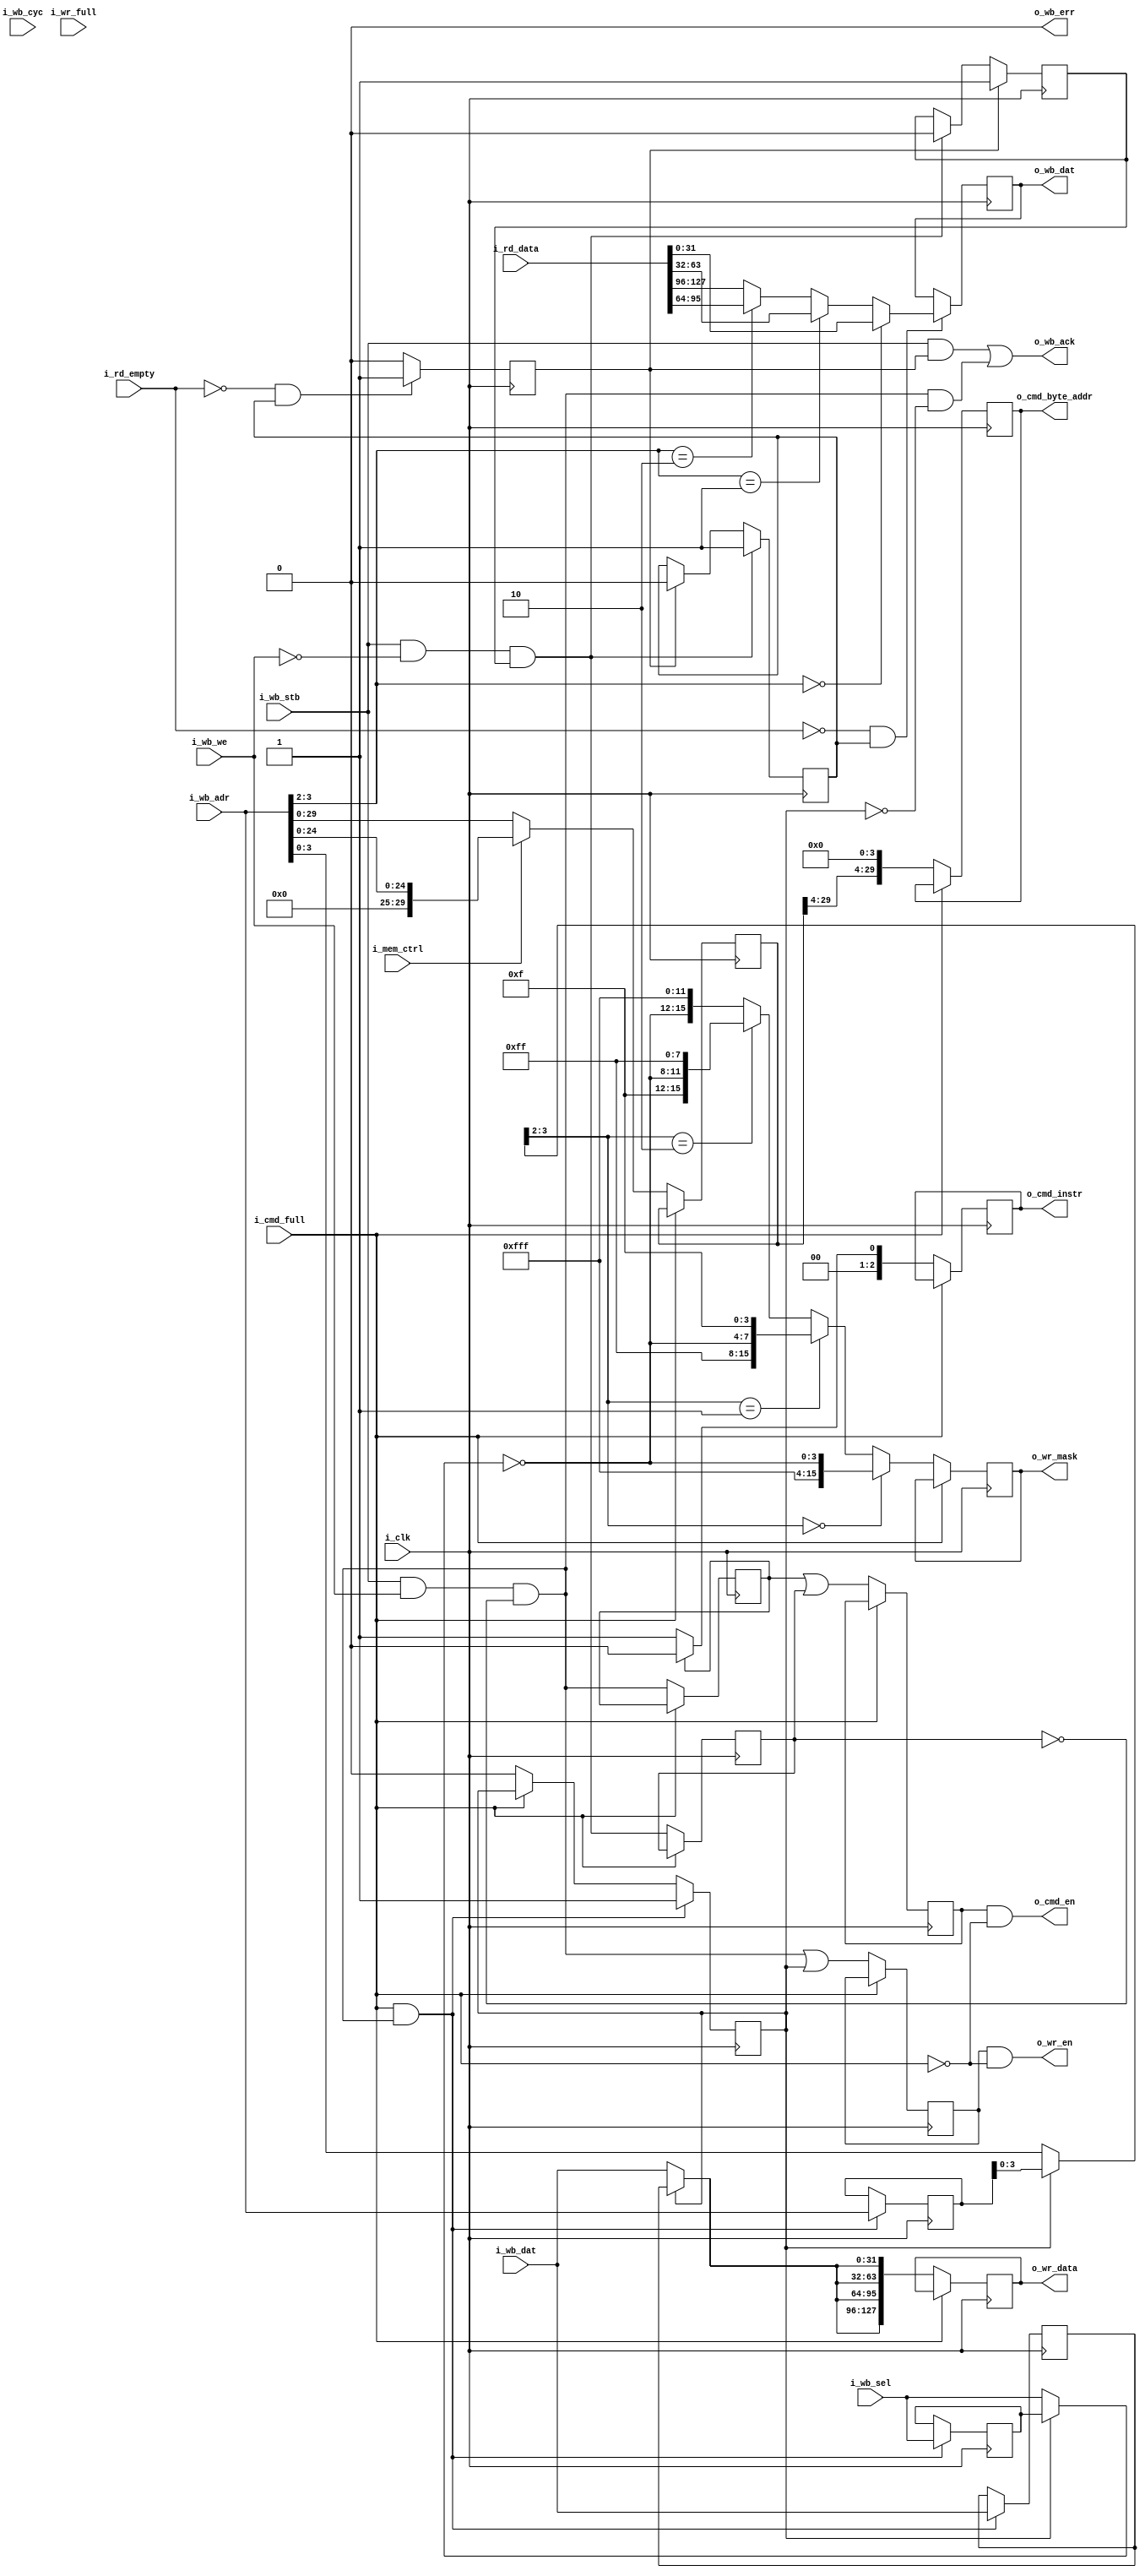
module wb_xs6_ddr3_bridge #(
parameter WB_DWIDTH   = 32,
parameter WB_SWIDTH   = 4
)(
input                          i_clk,
input                          i_mem_ctrl,  
input       [31:0]             i_wb_adr,
input       [WB_SWIDTH-1:0]    i_wb_sel,
input                          i_wb_we,
output reg  [WB_DWIDTH-1:0]    o_wb_dat         = 'd0,
input       [WB_DWIDTH-1:0]    i_wb_dat,
input                          i_wb_cyc,
input                          i_wb_stb,
output                         o_wb_ack,
output                         o_wb_err,
output                         o_cmd_en,                
output reg [2:0]               o_cmd_instr      = 'd0,  
output reg [29:0]              o_cmd_byte_addr  = 'd0,  
input                          i_cmd_full,              
input                          i_wr_full,               
output                         o_wr_en,                 
output reg [15:0]              o_wr_mask        = 'd0,  
output reg [127:0]             o_wr_data        = 'd0,  
input      [127:0]             i_rd_data,               
input                          i_rd_empty               
);
wire            write_request;
wire            read_request;
reg             write_request_r;
reg             read_request_r;
reg             read_active_r = 'd0;
reg  [29:0]     wb_adr_r;
reg             cmd_full_r = 1'd0;
reg             read_ack_r = 'd0;
reg             read_ready = 1'd1;
reg             cmd_en_r = 'd0;
reg             wr_en_r = 'd0;
wire            write_ack;
reg                     write_buf_r = 1'd0;
reg     [WB_SWIDTH-1:0] wb_sel_buf_r = 'd0;
reg     [WB_DWIDTH-1:0] wb_dat_buf_r = 'd0;
reg     [31:0]          wb_adr_buf_r = 'd0;
wire    [WB_SWIDTH-1:0] wb_sel;
wire    [WB_DWIDTH-1:0] wb_dat;
wire    [31:0]          wb_adr;
assign write_request = i_wb_stb && i_wb_we && !read_request_r;
assign read_request  = i_wb_stb && !i_wb_we && read_ready;
assign o_wb_err      = 'd0;
always @( posedge i_clk )
    cmd_full_r       <= i_cmd_full;
always @( posedge i_clk )
    if ( !i_cmd_full )
        begin
        o_cmd_byte_addr  <= {wb_adr_r[29:4], 4'd0};
        cmd_en_r         <= ( write_request_r || read_request_r );
        o_cmd_instr      <= write_request_r ? 3'd0 : 3'd1;
        end
assign o_cmd_en = cmd_en_r && !i_cmd_full;
always @( posedge i_clk )
    if ( i_cmd_full && write_request )
        begin
        write_buf_r     <= 1'd1;
        wb_sel_buf_r    <= i_wb_sel;
        wb_dat_buf_r    <= i_wb_dat;
        wb_adr_buf_r    <= i_wb_adr;
        end
    else if ( !i_cmd_full )
        write_buf_r     <= 1'd0;
assign wb_sel = write_buf_r ? wb_sel_buf_r : i_wb_sel;
assign wb_dat = write_buf_r ? wb_dat_buf_r : i_wb_dat;
assign wb_adr = write_buf_r ? wb_adr_buf_r : i_wb_adr;
generate
if (WB_DWIDTH == 32) begin :wb32w
    always @( posedge i_clk )
        if ( !i_cmd_full )
            begin
            wr_en_r    <= write_request || write_buf_r;
            o_wr_mask  <= wb_adr[3:2] == 2'd0 ? { 12'hfff, ~wb_sel          } : 
                          wb_adr[3:2] == 2'd1 ? { 8'hff,   ~wb_sel, 4'hf    } : 
                          wb_adr[3:2] == 2'd2 ? { 4'hf,    ~wb_sel, 8'hff   } : 
                                                {          ~wb_sel, 12'hfff } ; 
            o_wr_data  <= {4{wb_dat}};
            end
end
else begin : wb128w
    always @( posedge i_clk )
        if ( !i_cmd_full )
            begin
            wr_en_r    <= write_request;
            o_wr_mask  <= ~wb_sel; 
            o_wr_data  <= wb_dat;
            end
end
endgenerate
assign o_wr_en = wr_en_r && !i_cmd_full;
always @( posedge i_clk )
    begin
    if ( read_ack_r )
        read_ready <= 1'd1;
    else if ( read_request )
        read_ready <= 1'd0;
    if ( !i_cmd_full )
        begin
        write_request_r  <= write_request;
        read_request_r   <= read_request;
        wb_adr_r         <= i_mem_ctrl ? {5'd0, i_wb_adr[24:0]} : i_wb_adr[29:0];
        end
    if ( read_request  )
        read_active_r <= 1'd1;
    else if ( read_ack_r )
        read_active_r <= 1'd0;
    if ( i_rd_empty == 1'd0 && read_active_r )
        read_ack_r  <= 1'd1;
    else
        read_ack_r  <= 1'd0;
    end
generate
if (WB_DWIDTH == 32) begin :wb32r
    always @( posedge i_clk )
        if ( !i_rd_empty && read_active_r )
            o_wb_dat  <= i_wb_adr[3:2] == 2'd0 ? i_rd_data[ 31: 0] :
                         i_wb_adr[3:2] == 2'd1 ? i_rd_data[ 63:32] :
                         i_wb_adr[3:2] == 2'd2 ? i_rd_data[ 95:64] :
                                                 i_rd_data[127:96] ;
end
else begin : wb128r
    always @( posedge i_clk )
        if ( !i_rd_empty && read_active_r )
            o_wb_dat  <= i_rd_data;
end
endgenerate
assign write_ack = write_request && !write_buf_r;         
assign o_wb_ack  = ( i_wb_stb && read_ack_r ) || write_ack;
endmodule